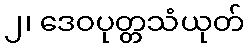
၂၊ ဒေဝပုတ္တသံယုတ်